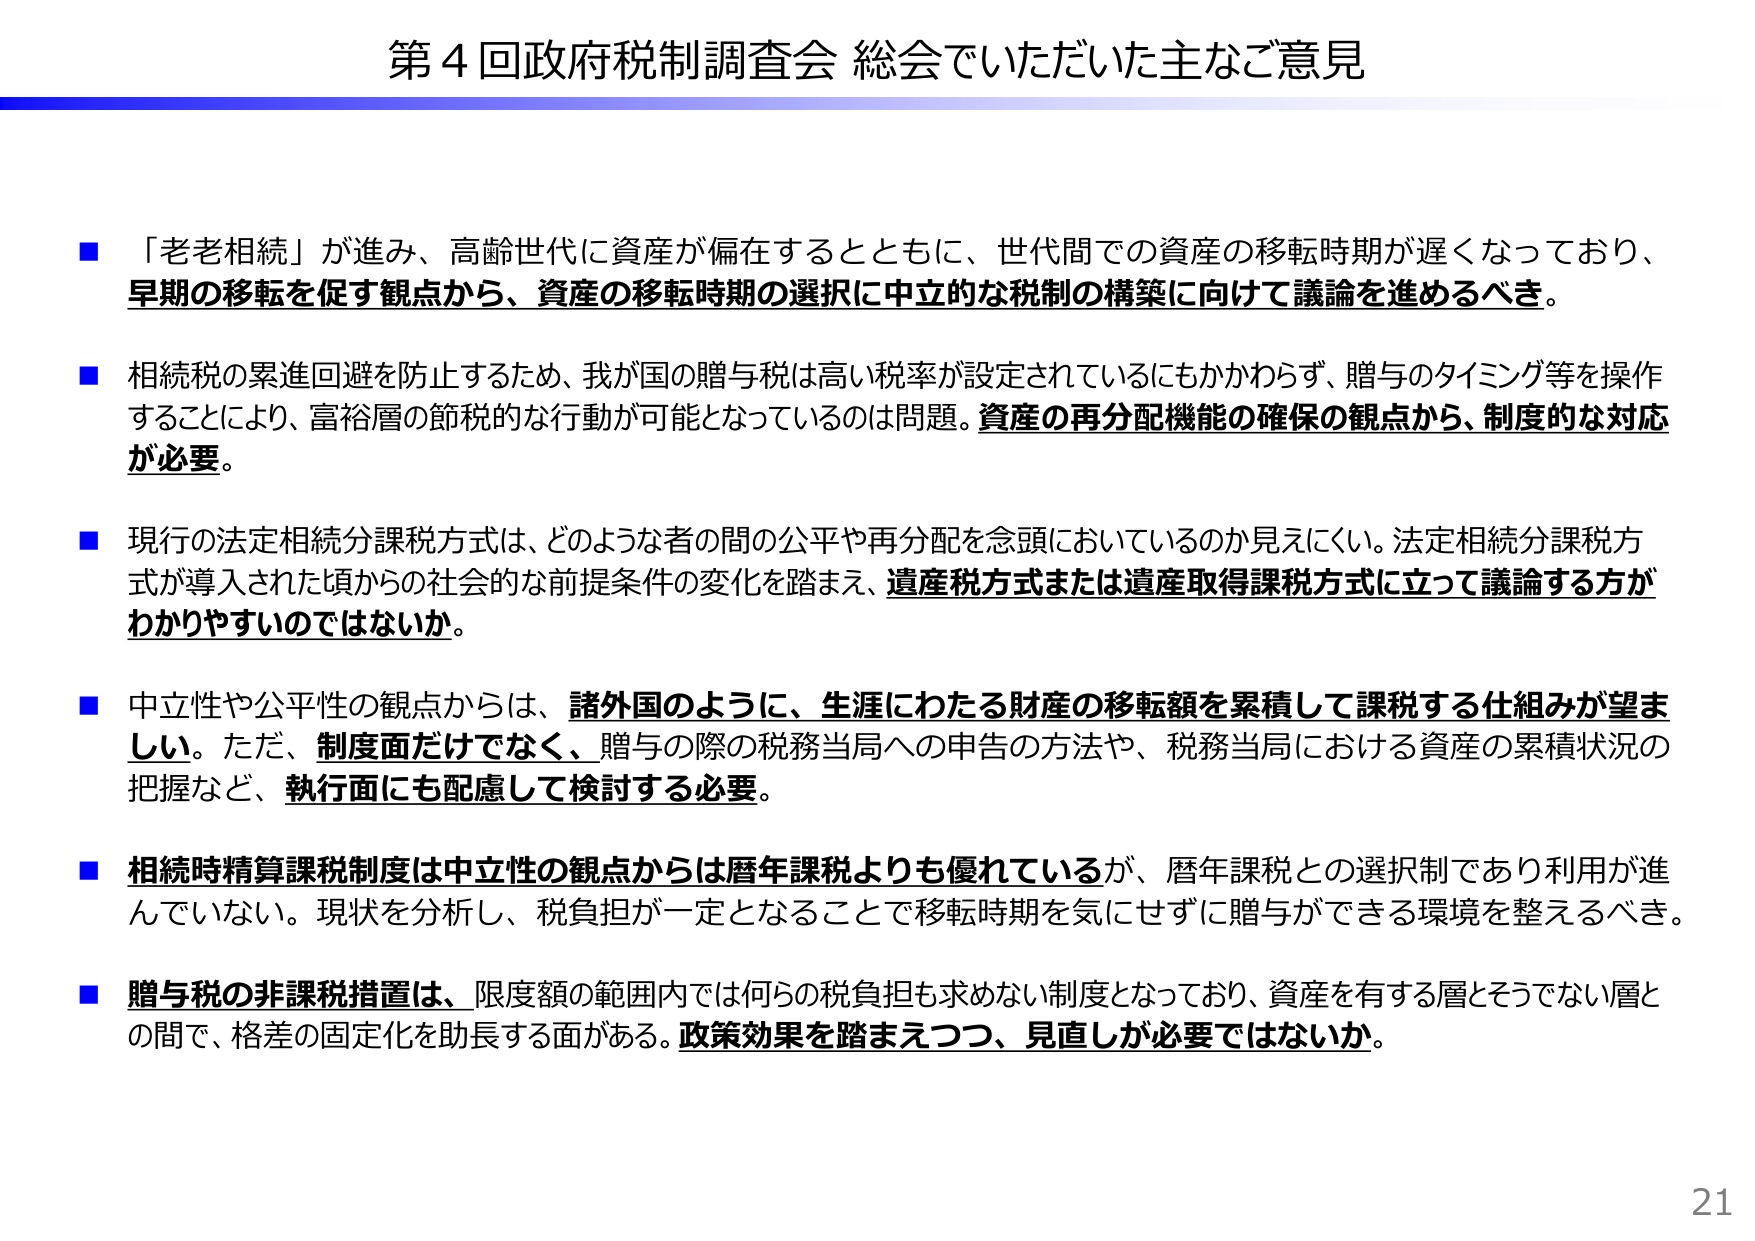
第４回政府税制調査会 総会でいただいた主なご意見

■「老老相続」が進み、高齢世代に資産が偏在するとともに、世代間での資産の移転時期が遅くなっており、早期の移転を促す観点から、資産の移転時期の選択に中立的な税制の構築に向けて議論を進めるべき。

■相続税の累進回避を防止するため、我が国の贈与税は高い税率が設定されているにもかかわらず、贈与のタイミング等を操作することにより、富裕層の節税的な行動が可能となっているのは問題。資産の再分配機能の確保の観点から、制度的な対応が必要。

■現行の法定相続分課税方式は、どのような者の間の公平や再分配を念頭においているのか見えにくい。法定相続分課税方式が導入された頃からの社会的な前提条件の変化を踏まえ、遺産税方式または遺産取得課税方式に立って議論する方がわかりやすいのではないか。

■中立性や公平性の観点からは、諸外国のように、生涯にわたる財産の移転額を累積して課税する仕組みが望ましい。ただ、制度面だけでなく、贈与の際の税務当局への申告の方法や、税務当局における資産の累積状況の把握など、執行面にも配慮して検討する必要。

■相続時精算課税制度は中立性の観点からは暦年課税よりも優れているが、暦年課税との選択制であり利用が進んでいない。現状を分析し、税負担が一定となることで移転時期を気にせずに贈与ができる環境を整えるべき。

■贈与税の非課税措置は、限度額の範囲内では何らの税負担も求めない制度となっており、資産を有する層とそうでない層との間で、格差の固定化を助長する面がある。政策効果を踏まえつつ、見直しが必要ではないか。

21